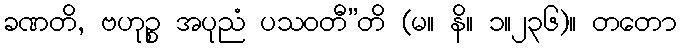
ခဏတိ, ဗဟုဉ္စ အပုညံ ပသဝတီ”တိ (မ။ နိ။ ၁။၂၃၆)။ တတော